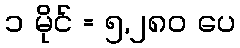
၁ မိုင် = ၅,၂၈၀ ပေ